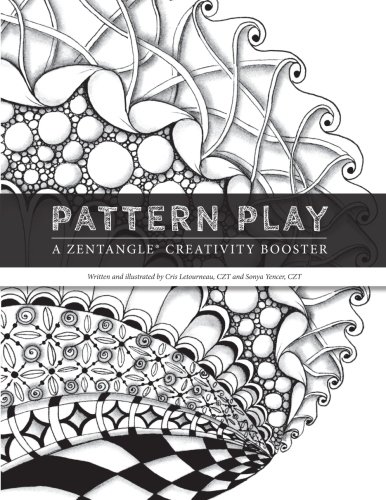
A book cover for Pattern Play: a Zentangle Creativity Boost (Volume 1); Cris Letourneau CZT; Arts & Photography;